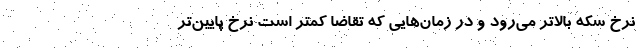
نرخ سکه بالاتر می‌رود و در زمان‌هایی که تقاضا کمتر است نرخ پایین‌تر